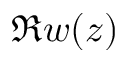
\Re w ( z )